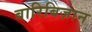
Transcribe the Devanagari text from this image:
बारिबिज़ान